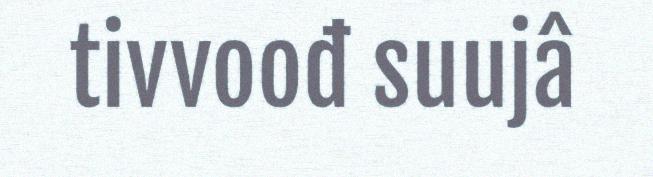
tivvoođ suujâ